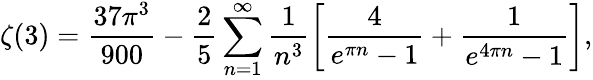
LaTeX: \zeta(3)=\frac{37\pi^{3}}{900}-\frac{2}{5}\sum_{n=1}^{\infty}\frac{1}{n^{3}}\left[\frac{4}{e^{\pi n}-1}+\frac{1}{e^{4\pi n}-1}\right],